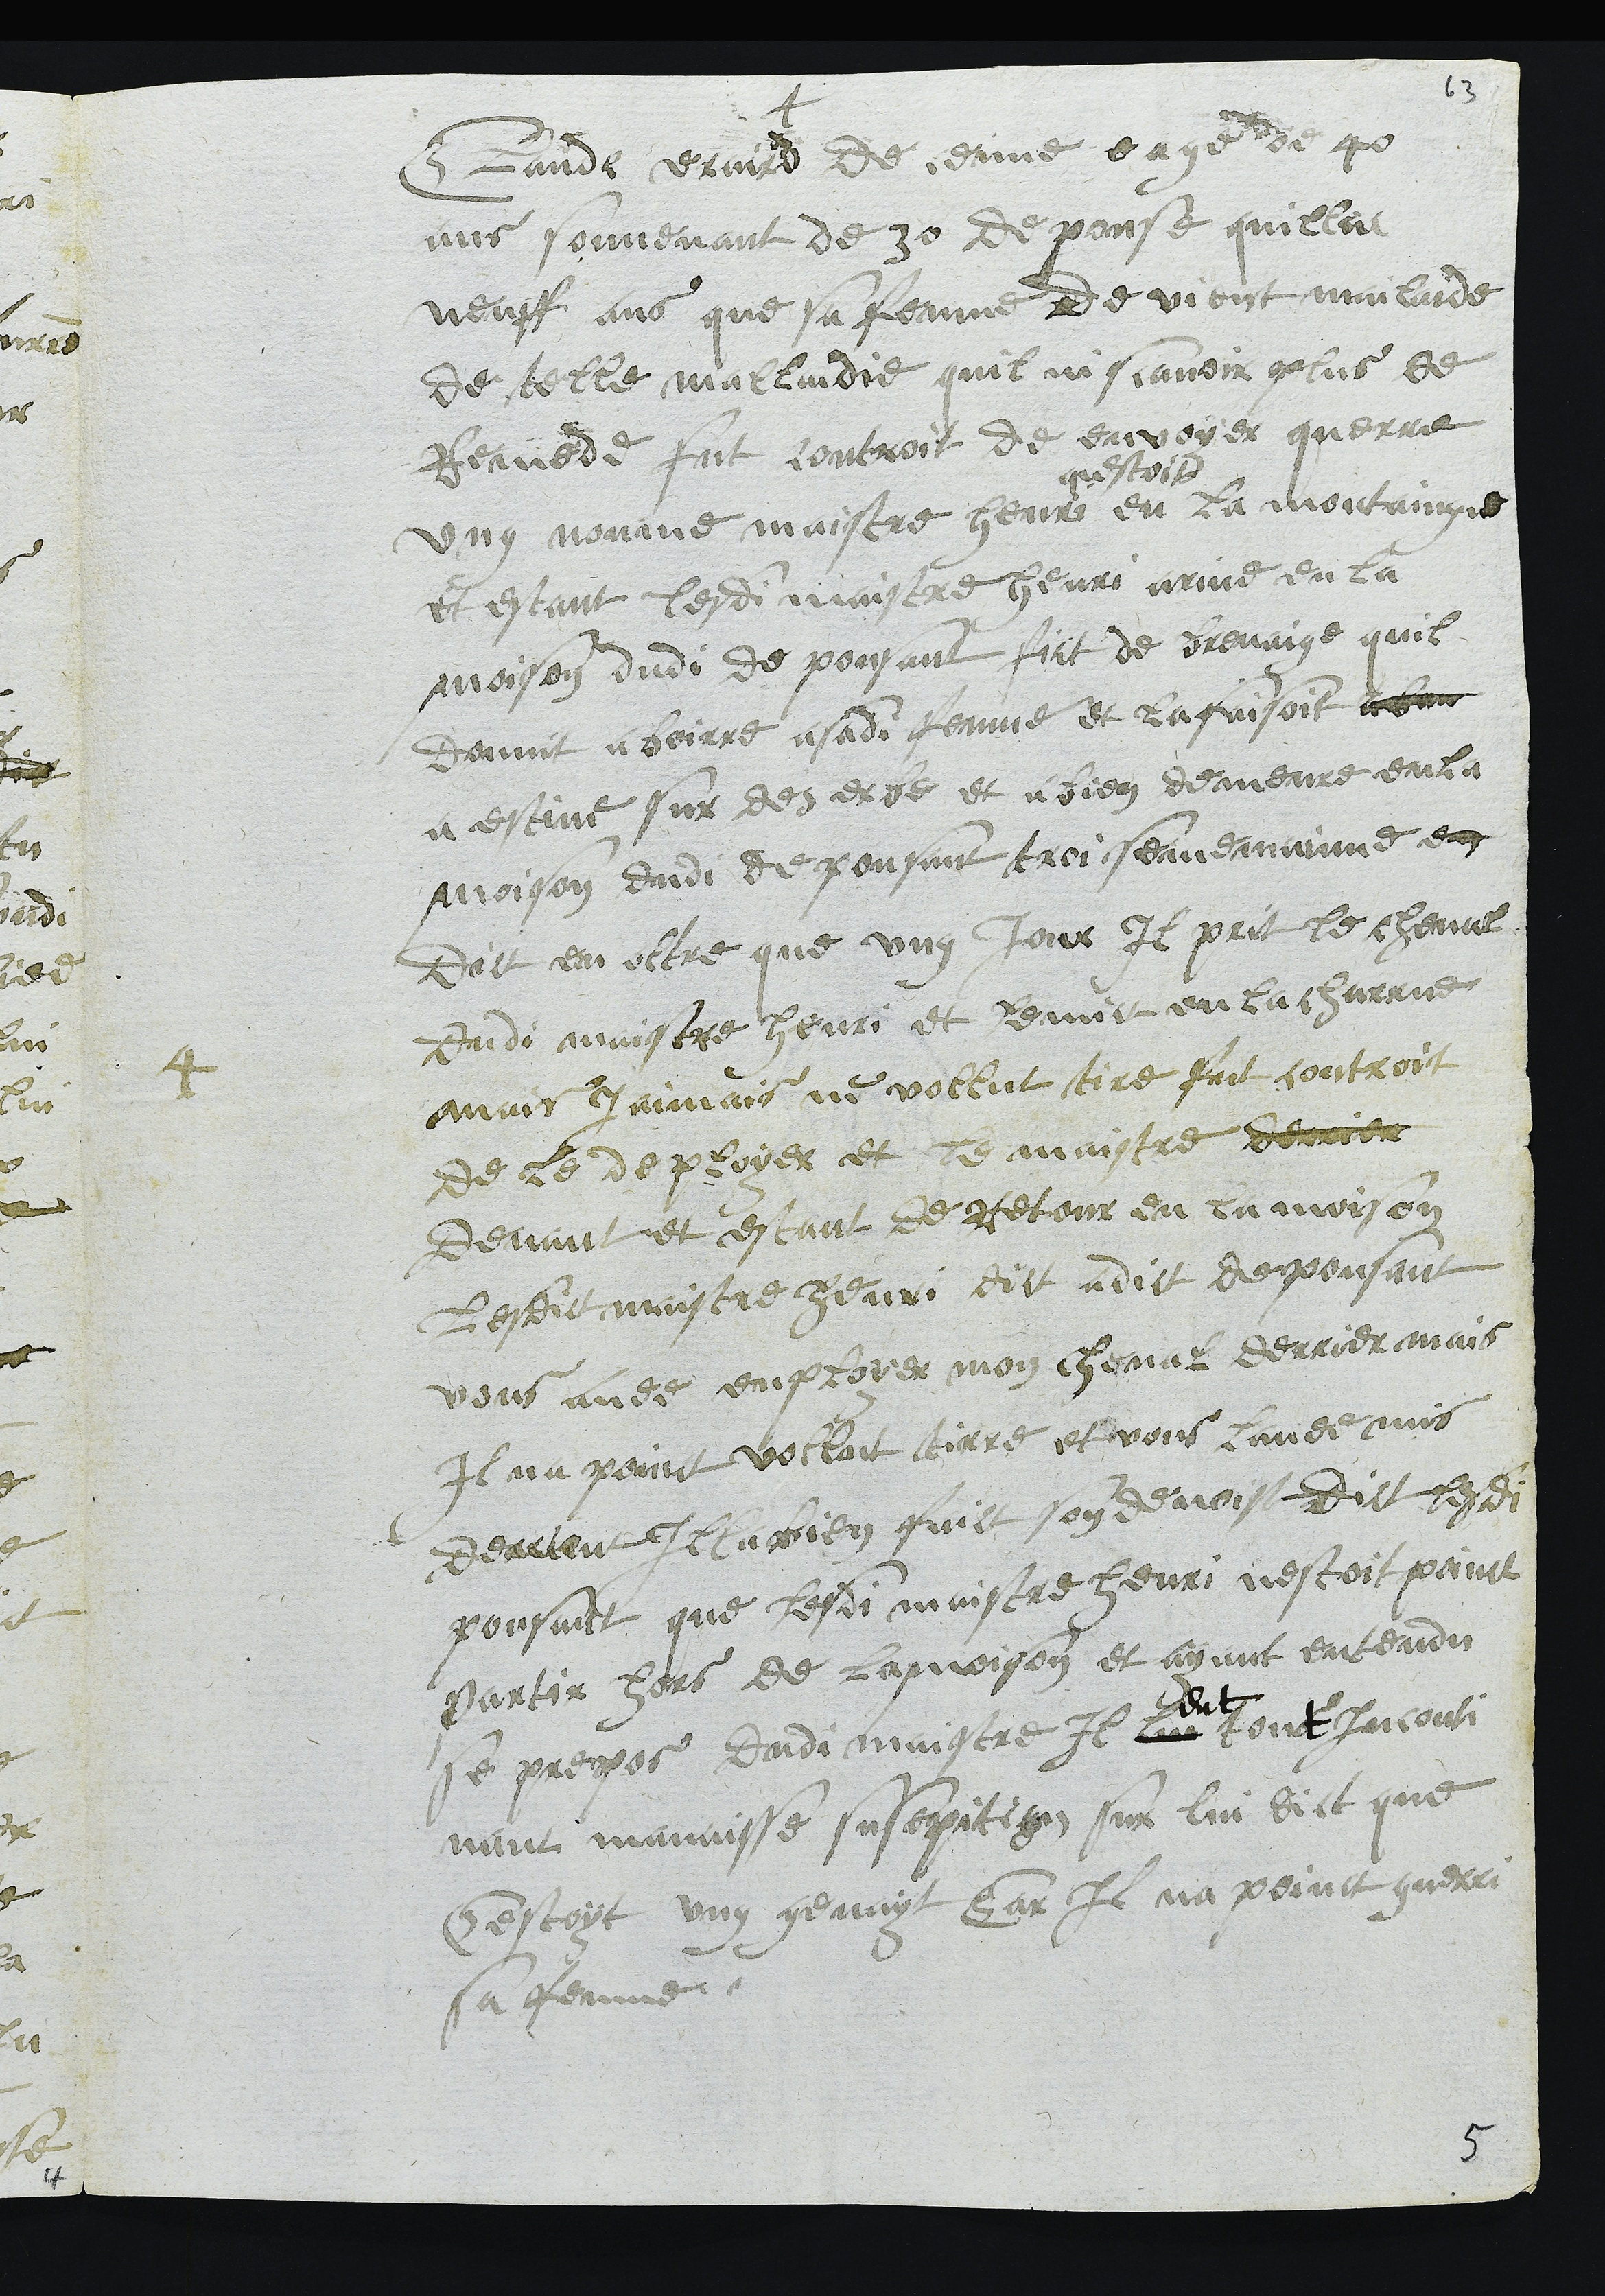
+
4
Claude eraird de ceuve eage de 40
ans souvenant de 30 de pouse quillat
neuff ans que sa femme de vient mailaide
de telle mallaidie quil ni scavoir plus de
Remede fut controit de envoyer querre
ung nomme maistre Henri
questoit
en la montaingne
et estant lesdi maistre henri arive en la
maison dudi depousant fict de brevaige quil
Donnit a boirre a sadite femme et la faisoit aban
a estive sur des erbe et a bien demeure en la
maison dudi depousant troi sememainne en
Dict en oltre que ung jour il prit le cheval
Dudi maistre henri et lemit en la charrue
mais Jaimais ne vollut tire fuct controit
de le deployer et le maistre derrier
devant et estant de retour en la moison
Lesdict maistre Henri dict adict depousant
vous avee employer mon cheval derrier mais
Il na point vollut tirre et vous lavee mis
devant Illa bien faict son devoist dict lesdi
pousant que lesdi maistre henri nestoit poinct
partir hors de la moison et ayant entendu
se propos Dudi maistre Il lui
eut
tout inconti
nant mavaisse susepition sur lui dict que
Cestoyt ung genayt Car Il na point guerri
sa femme.

5